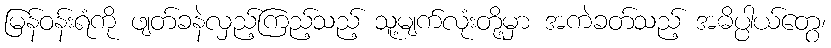
မြန်ဝန်းရံကို ဖျတ်ခနဲလှည့်ကြည့်သည့် သူ့မျက်လုံးတို့မှာ အကဲခတ်သည့် အဓိပ္ပါယ်တွေ၊